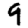
Digit: 9